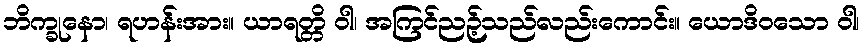
ဘိက္ခုနော၊ ရဟန်းအား။ ယာရတ္တိ ဝါ၊ အကြင်ညဉ့်သည်လည်းကောင်း။ ယောဒိဝသော ဝါ၊